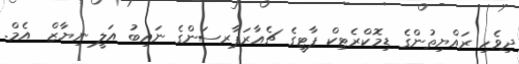
ދިވެހި ރައްޔިތުންގެ ޑިމޮކްރެޓިކް ޕާޓީގެ ޗެއާރަޕާރސަންގެ ނައިބު އަލީ ނިޔާޒް  އެމް.